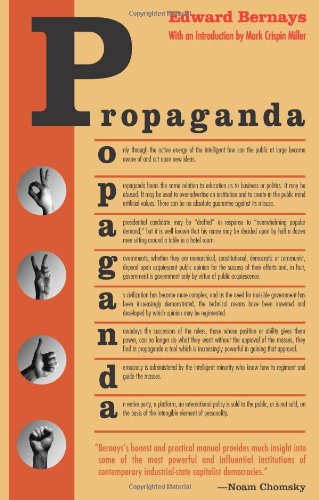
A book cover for Propaganda; Edward Bernays; Humor & Entertainment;